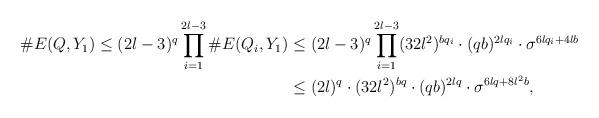
LaTeX: \begin{align*}\#E(Q,Y_1) \le (2l-3)^q \prod_{i=1}^{2l-3} \#E(Q_i, Y_1)&\le(2l-3)^q\prod_{i=1}^{2l-3}(32l^2)^{bq_i}\cdot (qb)^{2lq_i}\cdot\sigma^{6lq_i+4lb}\\&\le (2l)^q\cdot (32l^2)^{bq}\cdot (qb)^{2lq}\cdot\sigma^{6lq+8l^2b},\end{align*}